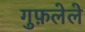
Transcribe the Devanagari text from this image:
गुफ़लेले